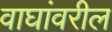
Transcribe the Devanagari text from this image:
वाघांवरील